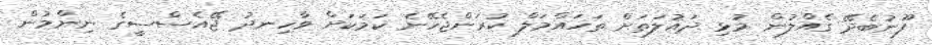
ފޫނުބެދޭ ގެއްލުން މުޅި ދައުލަަތަށް ތަހައްމަލް ކުރަންޖެހޭނެ ކަމަކަށް ވާހިނދު ޖޭއެސްސީގެ ނިންމުން